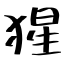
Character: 猩